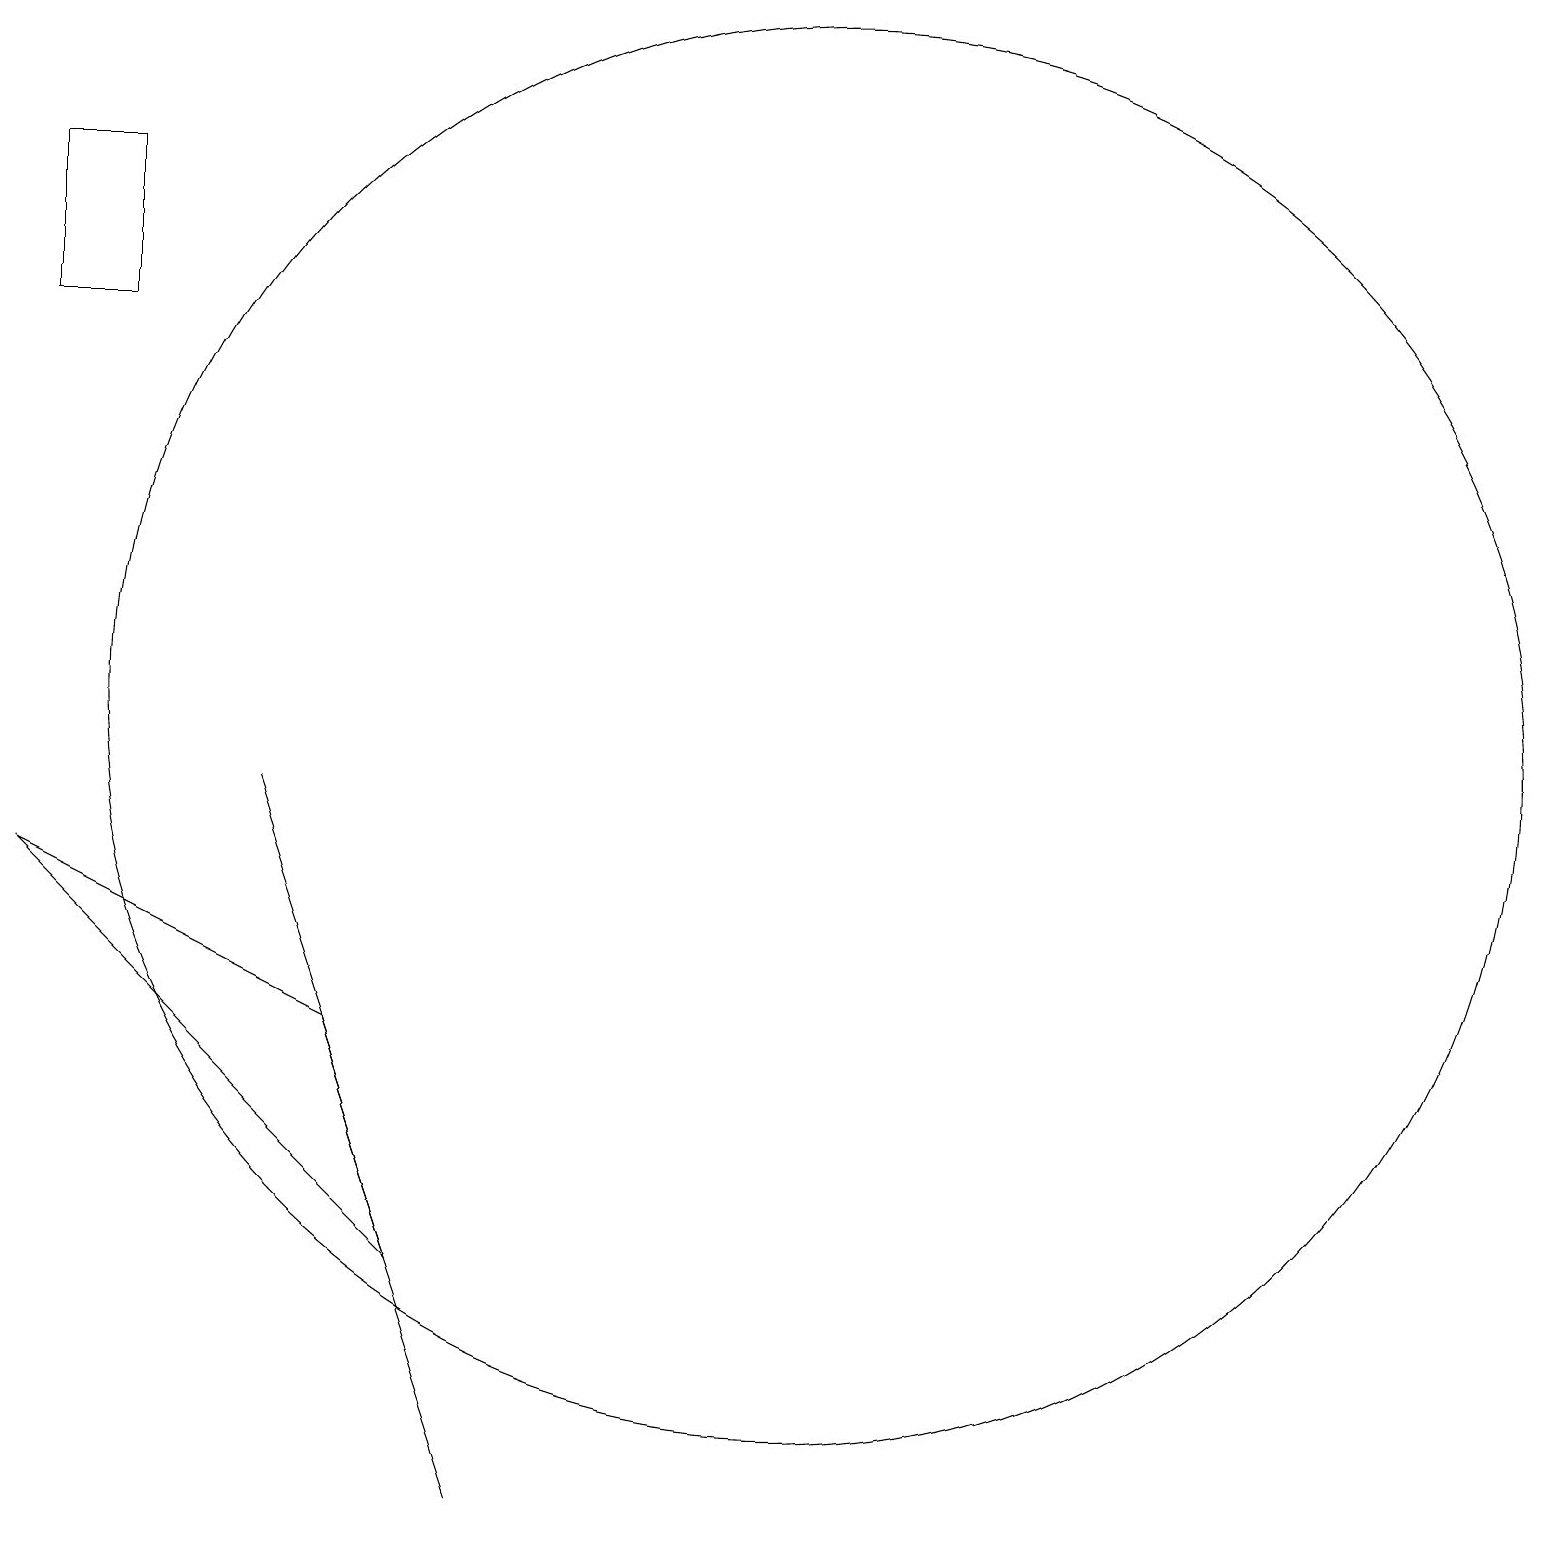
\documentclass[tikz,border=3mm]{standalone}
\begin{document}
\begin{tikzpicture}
\draw (6,0) -- (3,9) -- (5,3) -- cycle;
\draw (1,17) rectangle (0,15);
\draw (10,10) circle (9);
\draw (4,6) -- (5,3) -- (0,8) -- cycle;
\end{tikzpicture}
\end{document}